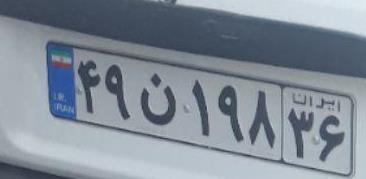
۴۹ن۱۹۸۳۶